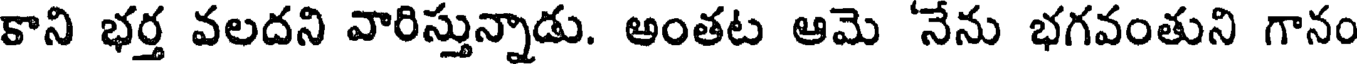
కాని భర్త వలదని వారిస్తున్నాడు. అంతట ఆమె 'నేను భగవంతుని గానం